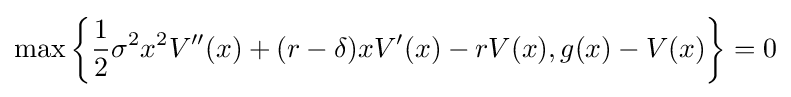
\max \left\{{\frac {1}{2}}\sigma ^{2}x^{2}V''(x)+(r-\delta )xV'(x)-rV(x),g(x)-V(x)\right\}=0